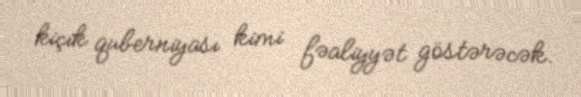
kiçik quberniyası kimi fəaliyyət göstərəcək.